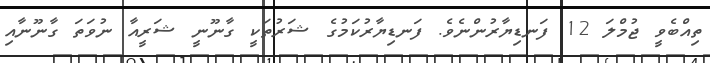
ތިއްބެވީ ޖުމްލަ 12 ފަނޑިޔާރުންނެވެ. ފަނޑިޔާރުކަމުގެ ޝަރުތަކީ ގާނޫނީ ޝަރީއާ ނުވަތަ ގާނޫނާއި